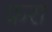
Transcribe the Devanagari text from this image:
फ्ररा